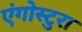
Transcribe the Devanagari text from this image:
एंगोस्टुरा